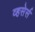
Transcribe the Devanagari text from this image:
व्हसेर्स